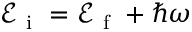
\mathcal { E } _ { \mathrm { ~ i ~ } } = \mathcal { E } _ { \mathrm { ~ f ~ } } + \hbar \omega